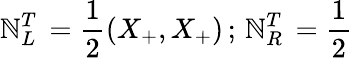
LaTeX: \mathbb{N}_{L}^{T}\, =\frac{{1}}{{2}}(X_{+},X_{+})\, ;\, \mathbb{N}_{R}^{T}\, =\frac{{1}}{{2}}